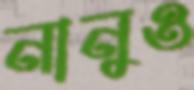
নানুও